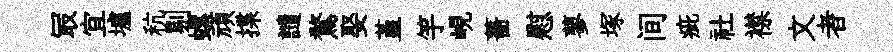
冣宜壚秔剔螺頑揲譴鶩娶堇竽峴薔慰蓼塚间疵社襟文者